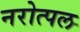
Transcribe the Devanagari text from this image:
नरोत्पल